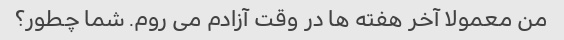
من معمولا آخر هفته ها در وقت آزادم می روم. شما چطور؟